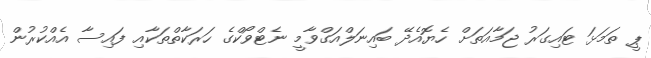
ޕީ ތަމަޅަ ޓައިގަރު ޖަމާއަތަށް ހެޔޮއެދޭ ބައިނަލްއަގްވާމީ ނެޓްވޯކްގެ ހަރަކާތްތަކާއި ފައިސާ އެއްކުރުން